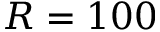
R = 1 0 0